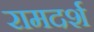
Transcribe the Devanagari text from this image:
रामदर्श